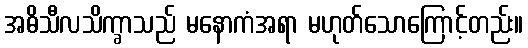
အဓိသီလသိက္ခာသည် မနောကံအရာ မဟုတ်သောကြောင့်တည်း။